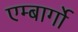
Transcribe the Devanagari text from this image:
एम्बार्गो